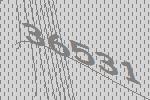
36531